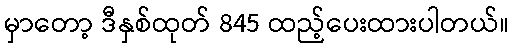
မှာတော့ ဒီနှစ်ထုတ် 845 ထည့်ပေးထားပါတယ်။